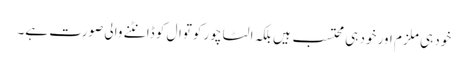
خود ہی ملزم اور خود ہی محتسب ہیں بلکہ الٹا چور کوتوال کو ڈانٹنے والی صورت ہے۔